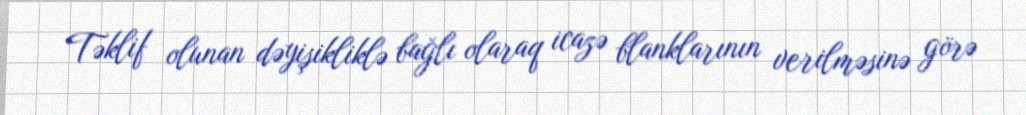
Təklif olunan dəyişikliklə bağlı olaraq icazə blanklarının verilməsinə görə